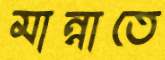
মান্নাতে